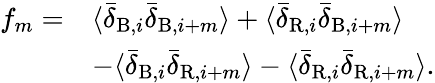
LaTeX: \begin{array}{rl}{f_{m}=}&{\langle\bar{\delta}_{\mathrm{B},i}\bar{\delta}_{\mathrm{B},i+m}\rangle+\langle\bar{\delta}_{\mathrm{R},i}\bar{\delta}_{\mathrm{B},i+m}\rangle}\\ &{-\langle\bar{\delta}_{\mathrm{B},i}\bar{\delta}_{\mathrm{R},i+m}\rangle-\langle\bar{\delta}_{\mathrm{R},i}\bar{\delta}_{\mathrm{R},i+m}\rangle.}\end{array}